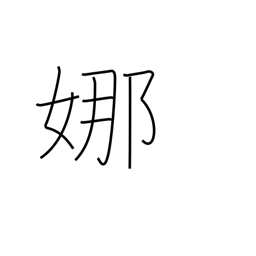
Meaning: graceful